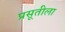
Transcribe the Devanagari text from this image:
प्रसूतीला